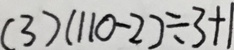
( 3 ) ( 1 1 0 - 2 ) \div 3 + 1